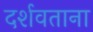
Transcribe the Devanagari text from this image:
दर्शवताना